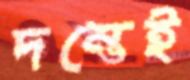
দম্ভেই